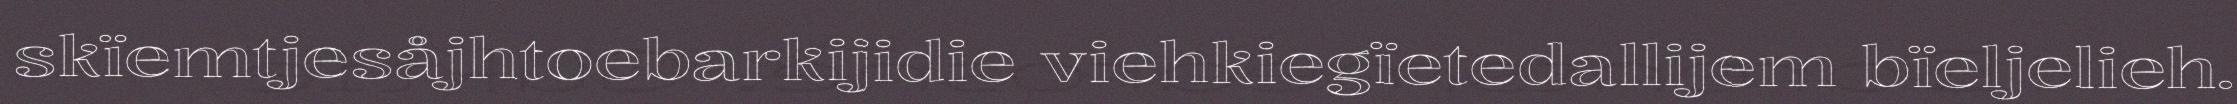
skïemtjesåjhtoebarkijidie viehkiegïetedallijem bïeljelieh.